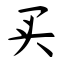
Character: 买